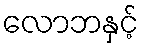
လောဘနှင့်